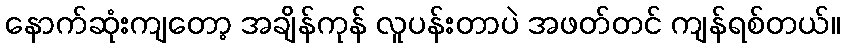
နောက်ဆုံးကျတော့ အချိန်ကုန် လူပန်းတာပဲ အဖတ်တင် ကျန်ရစ်တယ်။